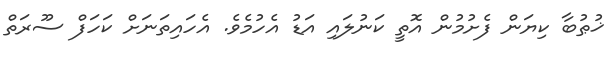
ޚުޠުބާ ކިޔަން ފެށުމުން އޮތީ ކަނުލައި އަޑު އެހުމެވެ. އެހައިތަނަށް ކަހަފް ސޫރަތް